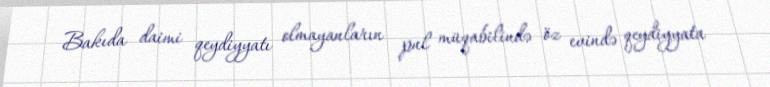
Bakıda daimi qeydiyyatı olmayanların pul müqabilində öz evində qeydiyyata